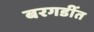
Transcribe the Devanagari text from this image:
बरगडींत